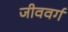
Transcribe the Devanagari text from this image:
जीववर्ग